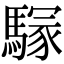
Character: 𩥃